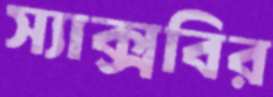
স্যাক্সবির